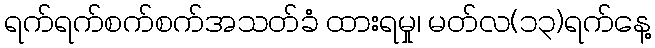
ရက်ရက်စက်စက်အသတ်ခံ ထားရမှု၊ မတ်လ(၁၃)ရက်နေ့